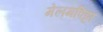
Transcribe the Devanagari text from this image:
मेलमपिट्टा